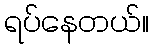
ရပ်နေတယ်။